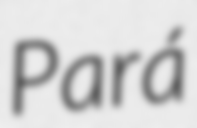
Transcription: Pará